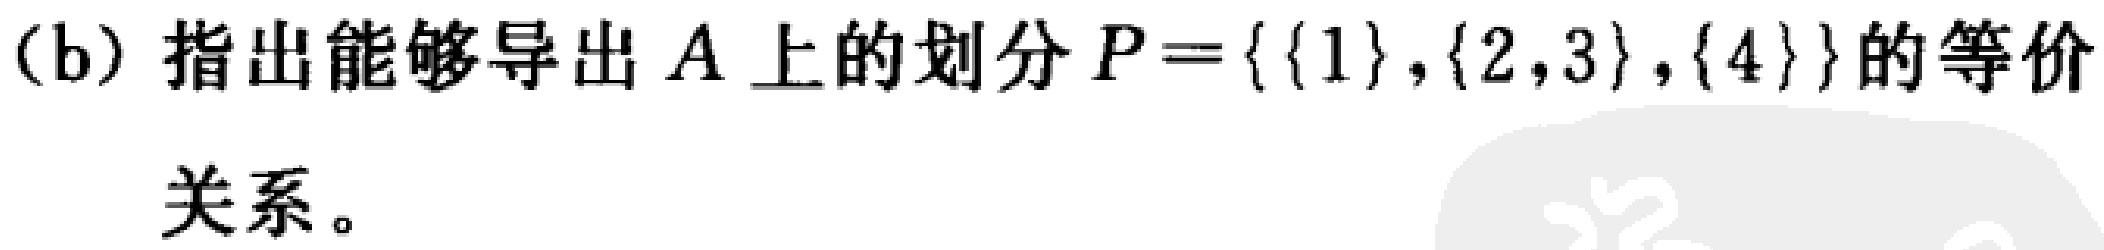
(b) 指出能够导出 \(A\) 上的划分 \(P = \{ \{ 1 \} , \{ 2,3 \} , \{ 4 \} \}\) 的等价关系。